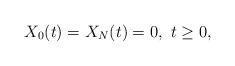
LaTeX: \begin{align*} X_0(t)=X_N(t)=0, \,\, t\ge 0,\end{align*}